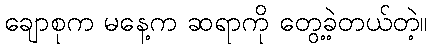
ချောစုက မနေ့က ဆရာကို တွေ့ခဲ့တယ်တဲ့။